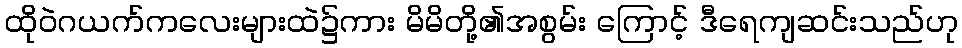
ထိုဝဲဂယက်ကလေးများထဲ၌ကား မိမိတို့၏အစွမ်း ကြောင့် ဒီရေကျဆင်းသည်ဟု